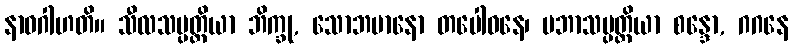
နာဝဂါဟတိ။ သီလသမ္ပတ္တိယာ ဘိက္ခု, သောဘမာနော တပေါဝနေ၊ ပဘာသမ္ပတ္တိယာ စန္ဒော, ဂဂနေ